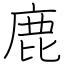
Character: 鹿